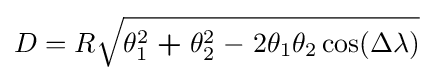
D=R{\sqrt {\theta _{1}^{2}\;{\boldsymbol {+}}\;\theta _{2}^{2}\;\mathbf {-} \;2\theta _{1}\theta _{2}\cos(\Delta \lambda )}}